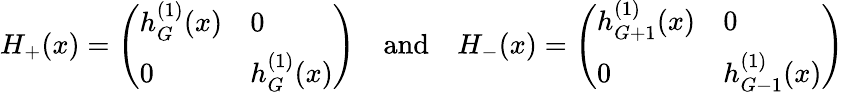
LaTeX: H_{+}(x)=\left(\begin{array}{ll}{{h_{G}^{(1)}(x)}}&{{0}}\\ {{0}}&{{h_{G}^{(1)}(x)}}\end{array}\right)\quad\mathrm{and}\quad H_{-}(x)=\left(\begin{array}{ll}{{h_{G+1}^{(1)}(x)}}&{{0}}\\ {{0}}&{{h_{G-1}^{(1)}(x)}}\end{array}\right)